Leaving Certificate Examination (including Day School Certificate (Higher) General paper), 1934
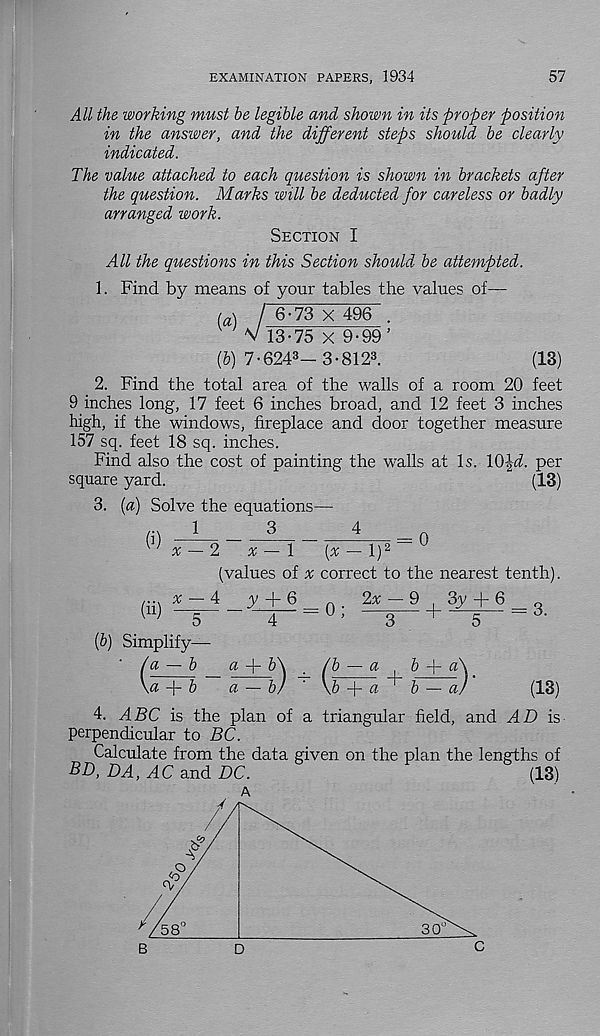
EXAMINATION PAPERS, 1934
57
All the working must he legible and shown in its proper position
in the answer, and the different steps should he clearly
'indicated.
The value attached to each question is shown in brackets after
the question. Marks will he deducted for careless or badly
arranged work.
Section I
All the questions in this Section should he attempted.
1. Find by means of your tables the values of—
t a \ / 6-73 X 496 .
V 13-75 X 9-99’
(&) 7-624 3 - 3-812 3 .
(13)
2. Find the total area of the walls of a room 20 feet
9 inches long, 17 feet 6 inches broad, and 12 feet 3 inches
high, if the windows, fireplace and door together measure
157 sq. feet 18 sq. inches.
Find also the cost of painting the walls at Is. \0\d. per
square yard.
(13)
3. [a) Solve the equations—
(i)
(ii)
x — 2
x — l
(^ — l) 2
(values of x correct to the nearest tenth).
x — 4
y + 6
n . jU — 9 , 3y + 6 _ Q
5
4
^'
3
'
5
^
{b) Simplify—
/a ~ b _ a + &\ _ /b — a
b A- a\
+ 6
a — b) ' \b
a ' b — a)
(13)
4. ABC is the plan of a triangular field, and dl) is
perpendicular to BC.
Calculate from the data given on the plan the lengths of
•BZ), DA, AC and DC.
(13)
A